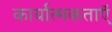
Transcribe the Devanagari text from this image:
कार्यात्मकताऍ